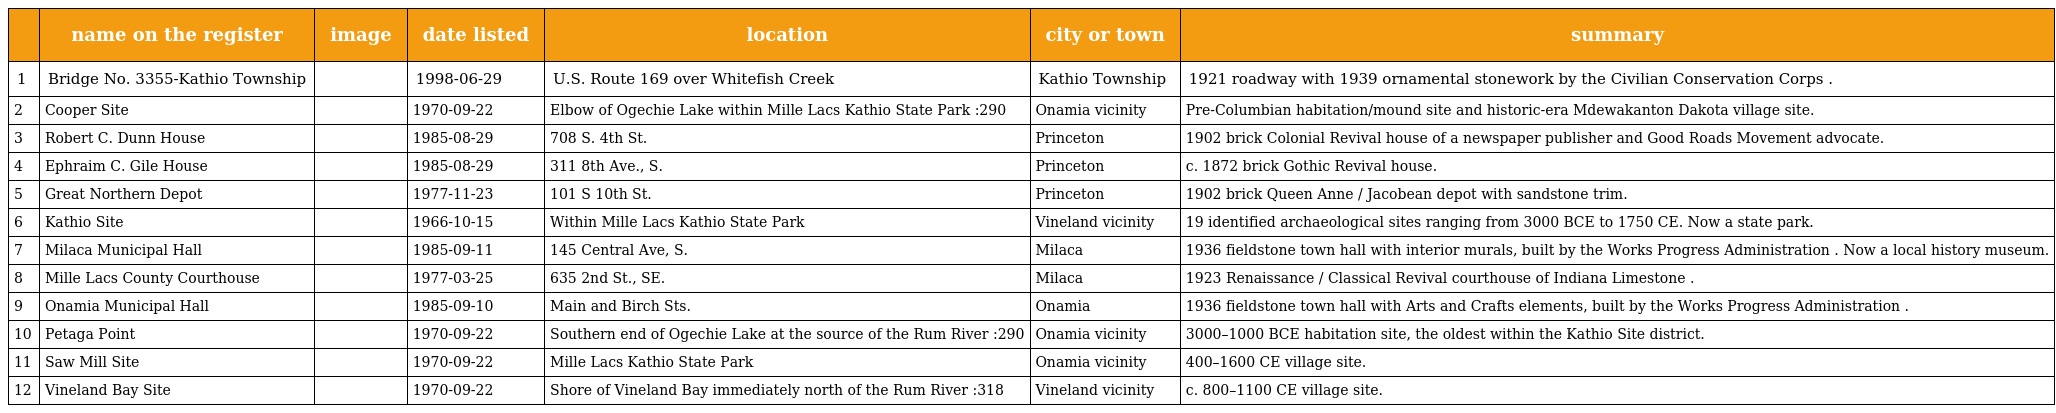
|  | name on the register | image | date listed | location | city or town | summary |
 | --- | --- | --- | --- | --- | --- | --- |
 | 1 | Bridge No. 3355-Kathio Township |  | 1998-06-29 | U.S. Route 169 over Whitefish Creek | Kathio Township | 1921 roadway with 1939 ornamental stonework by the Civilian Conservation Corps . |
 | 2 | Cooper Site |  | 1970-09-22 | Elbow of Ogechie Lake within Mille Lacs Kathio State Park :290 | Onamia vicinity | Pre-Columbian habitation/mound site and historic-era Mdewakanton Dakota village site. |
 | 3 | Robert C. Dunn House |  | 1985-08-29 | 708 S. 4th St. | Princeton | 1902 brick Colonial Revival house of a newspaper publisher and Good Roads Movement advocate. |
 | 4 | Ephraim C. Gile House |  | 1985-08-29 | 311 8th Ave., S. | Princeton | c. 1872 brick Gothic Revival house. |
 | 5 | Great Northern Depot |  | 1977-11-23 | 101 S 10th St. | Princeton | 1902 brick Queen Anne / Jacobean depot with sandstone trim. |
 | 6 | Kathio Site |  | 1966-10-15 | Within Mille Lacs Kathio State Park | Vineland vicinity | 19 identified archaeological sites ranging from 3000 BCE to 1750 CE. Now a state park. |
 | 7 | Milaca Municipal Hall |  | 1985-09-11 | 145 Central Ave, S. | Milaca | 1936 fieldstone town hall with interior murals, built by the Works Progress Administration . Now a local history museum. |
 | 8 | Mille Lacs County Courthouse |  | 1977-03-25 | 635 2nd St., SE. | Milaca | 1923 Renaissance / Classical Revival courthouse of Indiana Limestone . |
 | 9 | Onamia Municipal Hall |  | 1985-09-10 | Main and Birch Sts. | Onamia | 1936 fieldstone town hall with Arts and Crafts elements, built by the Works Progress Administration . |
 | 10 | Petaga Point |  | 1970-09-22 | Southern end of Ogechie Lake at the source of the Rum River :290 | Onamia vicinity | 3000–1000 BCE habitation site, the oldest within the Kathio Site district. |
 | 11 | Saw Mill Site |  | 1970-09-22 | Mille Lacs Kathio State Park | Onamia vicinity | 400–1600 CE village site. |
 | 12 | Vineland Bay Site |  | 1970-09-22 | Shore of Vineland Bay immediately north of the Rum River :318 | Vineland vicinity | c. 800–1100 CE village site. |